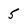
Character: 5